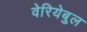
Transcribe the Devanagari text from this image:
वेरियेबुल